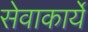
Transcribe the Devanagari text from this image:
सेवाकार्ये